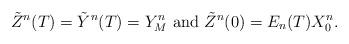
LaTeX: \begin{align*}\tilde{Z}^{n}(T) = \tilde{Y}^{n}(T) = Y^{n}_M \mbox{ and } \tilde{Z}^{n}(0) = E_n(T) X_0^n.\end{align*}